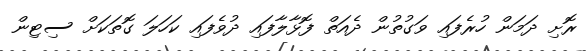
ރޮށި ދަމަން ހުރެފައި ވަގުތުން ދެއަތް ފޮޅާލާފައި ދުވެފައި ކަހަލަ ގޮތަކަށް ސިޓިން